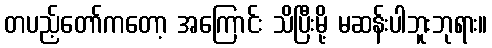
တပည့်တော်ကတော့ အကြောင်း သိပြီးမို့ မဆန်းပါဘူးဘုရား။